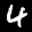
Digit: 4